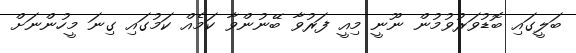
ބަލީގައި ބޮޑުވަރުވުމުން ނޫނީ މިއީ ފަރުވާ ބޭނުންވާ ކަމެއް ކަމުގައި ގިނަ މީހުންނަށް